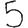
Digit: 5